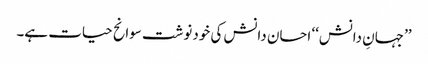
’’جہانِ دانش‘‘ احسان دانش کی خودنوشت سوانح حیات ہے۔